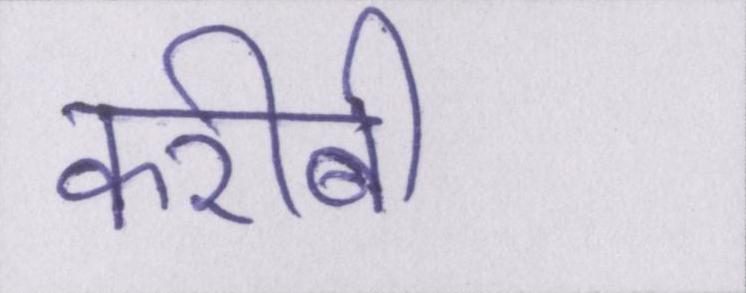
करीबी